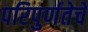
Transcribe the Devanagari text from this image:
परिपुर्णतेचे